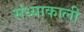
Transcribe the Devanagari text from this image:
संध्याकाली